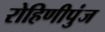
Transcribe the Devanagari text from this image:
रोहिणीपुंज